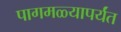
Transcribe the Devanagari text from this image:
पागमळ्यापर्यंत